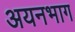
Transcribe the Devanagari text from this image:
अयनभाग